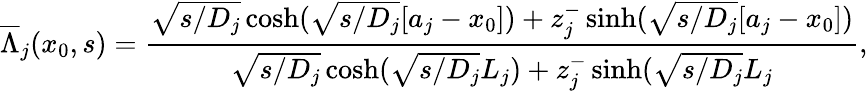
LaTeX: \overline{{\Lambda}}_{j}(x_{0},s)=\frac{\sqrt{s/D_{j}}\cosh(\sqrt{s/D_{j}}[a_{j}-x_{0}])+z_{j}^{-}\sinh(\sqrt{s/D_{j}}[a_{j}-x_{0}])}{\sqrt{s/D_{j}}\cosh(\sqrt{s/D_{j}}L_{j})+z_{j}^{-}\sinh(\sqrt{s/D_{j}}L_{j}},